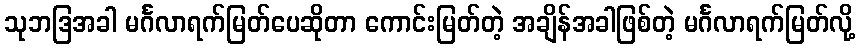
သုဘဒြအခါ မင်္ဂလာရက်မြတ်ပေဆိုတာ ကောင်းမြတ်တဲ့ အချိန်အခါဖြစ်တဲ့ မင်္ဂလာရက်မြတ်လို့